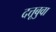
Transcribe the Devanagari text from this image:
दत्तूबुवा